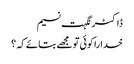
ڈاکٹر نگہت نسیم
خدا را کوئی تو مجھے بتائے کہ ؟